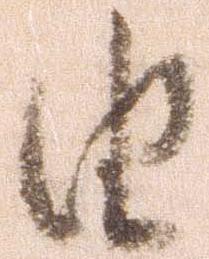
由